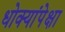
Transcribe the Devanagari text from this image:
धोक्यांपेक्षा